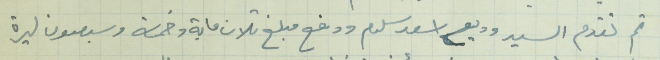
ثم تقدم السيد وديع اسعد سلوم ودفع مبلغ تلات ماية وخمسة وسبعون ليرة